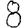
Digit: 8